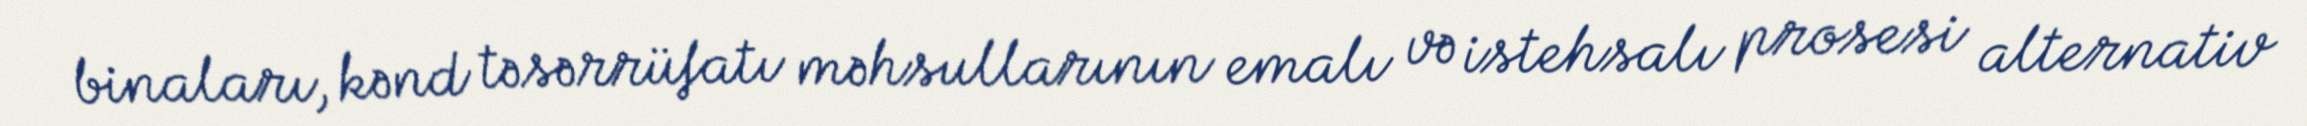
binaları, kənd təsərrüfatı məhsullarının emalı və istehsalı prosesi alternativ